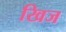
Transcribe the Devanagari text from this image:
खिज